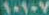
١٠١٠٧